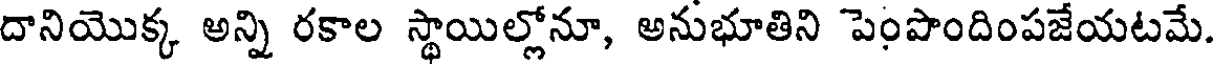
దానియొక్క అన్ని రకాల స్థాయిల్లోనూ, అనుభూతిని పెంపొందింపజేయటమే.